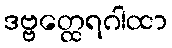
ဒဗ္ဗတ္ထေရဂါထာ